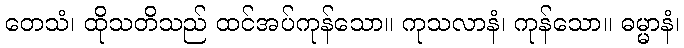
တေသံ၊ ထိုသတိသည် ထင်အပ်ကုန်သော။ ကုသလာနံ၊ ကုန်သော။ ဓမ္မာနံ၊